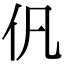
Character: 𠆩